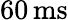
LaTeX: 60\, \mathrm{ms}